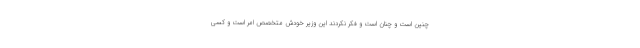
چنین است و چنان است و فکر نکردند این وزیر خودش متخصص امر است و کسی